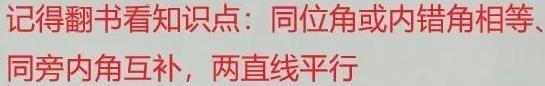
记得翻书看知识点：同位角或内错角相等、同旁内角互补，两直线平行